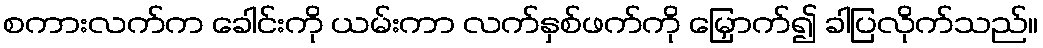
စကားလက်က ခေါင်းကို ယမ်းကာ လက်နှစ်ဖက်ကို မြှောက်၍ ခါပြလိုက်သည်။